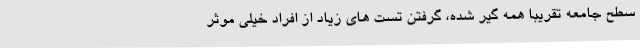
سطح جامعه تقریبا همه گیر شده، گرفتن تست های زیاد از افراد خیلی موثر